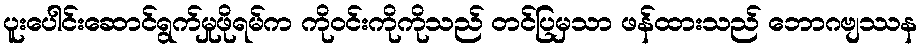
ပူးပေါင်းဆောင်ရွက်မှုဖိုရမ်က ကိုဝင်းကိုကိုသည် တင်ပြမှသာ ဖန်ထားသည် ဘောဂဗျဿန